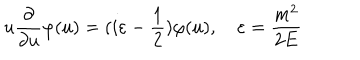
u \frac { \partial } { \partial u } \varphi ( u ) = ( i \varepsilon - \frac { 1 } { 2 } ) \varphi ( u ) , \quad \varepsilon = \frac { m ^ { 2 } } { 2 E }